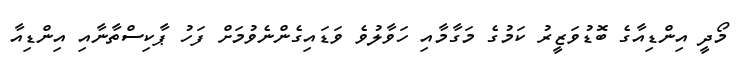
މޯދީ އިންޑިއާގެ ބޮޑުވަޒީރު ކަމުގެ މަގާމާއި ހަވާލުވެ ވަޑައިގެންނެވުމަށް ފަހު ޕާކިސްތާނާއި އިންޑިއާ